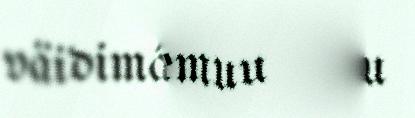
väidimáin alemuu